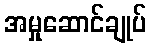
အမှုဆောင်ချုပ်